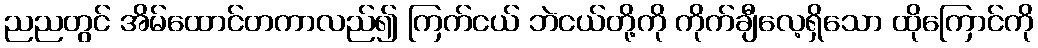
ညညတွင် အိမ်ထောင်တကာလည်၍ ကြက်ငယ် ဘဲငယ်တို့ကို ကိုက်ချီလေ့ရှိသော ထိုကြောင်ကို